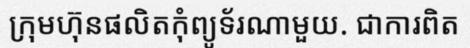
ក្រុមហ៊ុនផលិតកុំព្យូទ័រណាមួយ. ជាការពិត